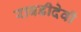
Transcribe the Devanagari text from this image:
राबडीदेवी